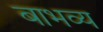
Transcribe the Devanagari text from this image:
बाभव्य